Scottish Leaving Certificate Examination, 1960
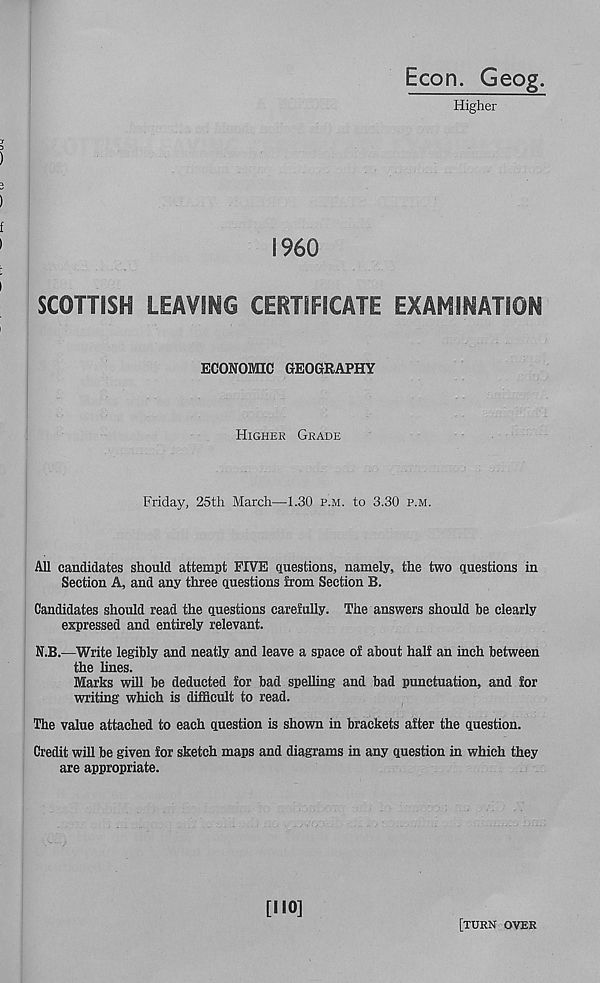
Econ. Geog.
Higher
y 3
)
a
)
I960
SCOTTISH LEAVING CERTIFICATE EXAMINATION
ECONOMIC GEOGRAPHY
Higher Grade
Friday, 25th March—1.30 p.m. to 3.30 p.m.
All candidates should attempt FIVE questions, namely, the two questions in
Section A, and any three questions from Section B.
Candidates should read the questions carefully. The answers should be clearly
expressed and entirely relevant.
N.B.—Write legibly and neatly and leave a space of about half an inch between
the lines.
Marks will be deducted for bad spelling and bad punctuation, and for
writing which is difficult to read.
The value attached to each question is shown in brackets after the question.
Credit will be given for sketch maps and diagrams in any question in which they
are appropriate.
[NO]
[turn over